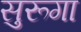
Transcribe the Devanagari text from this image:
सुरूगा